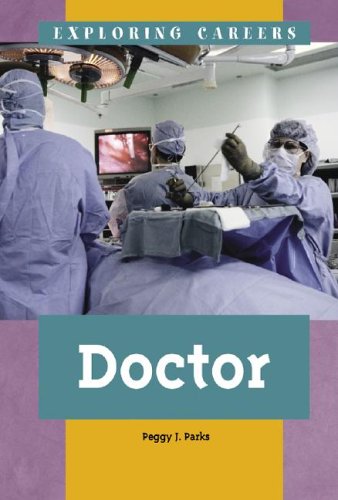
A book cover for Doctor (Exploring Careers (Kidhaven Press)); Peggy J. Parks; Children's Books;